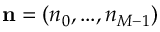
\mathbf { n } = ( n _ { 0 } , . . . , n _ { M - 1 } )